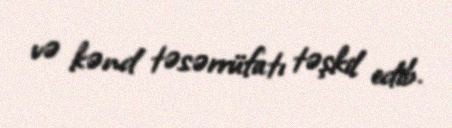
və kənd təsərrüfatı təşkil edib.